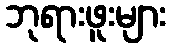
ဘုရားဖူးများ